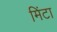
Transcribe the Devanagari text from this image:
मिंटा